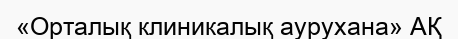
«Орталық клиникалық аурухана» АҚ